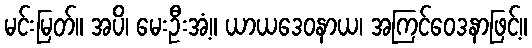
မင်းမြတ်။ အပိ၊ မေးဦးအံ့။ ယာယဒေဝနာယ၊ အကြင်ဝေဒနာဖြင့်။